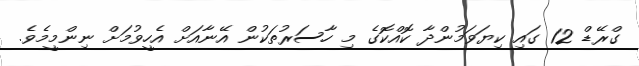
ގްރޭޑް 12 ގައި ކިޔަވަމުންދާ ކޮއްކޮގެ މި ހާސަރުތަކުން އޭނާއަށް އެހީވުމަށް ނިންމީމެވެ.